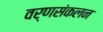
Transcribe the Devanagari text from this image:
वर्णसंकलन